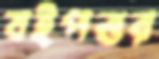
বইপত্তর